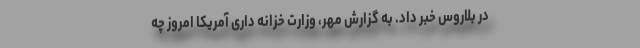
در بلاروس خبر داد. به گزارش مهر، وزارت خزانه داری آمریکا امروز چه